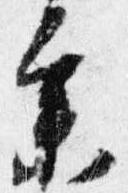
参